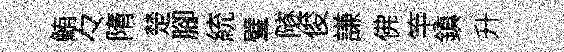
鮪々隋楚腳統璧隧俊謙佛竽鎮升